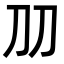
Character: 𠚪